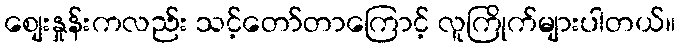
စျေးနှုန်းကလည်း သင့်တော်တာကြောင့် လူကြိုက်များပါတယ်။